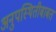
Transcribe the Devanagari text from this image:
अनुपस्थितीबाबत